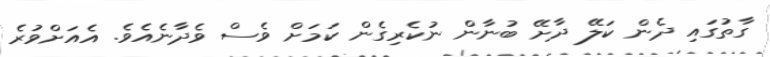
ގާތުގައި ދެން ކަލޭ ދާށޭ ބުނާން ނުކެރިގެން ކަމަށް ވެސް ވެދާނެއެވެ. އެއަށްވުރެ